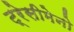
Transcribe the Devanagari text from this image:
ट्रेसीमेनो